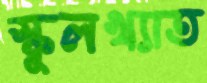
স্কুলখ্যাত